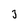
Character: 3